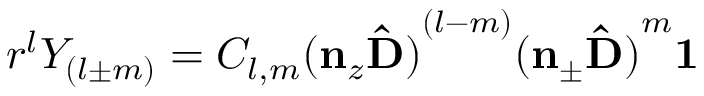
r ^ { l } Y _ { ( l \pm m ) } = C _ { l , m } ( \mathbf { n } _ { z } \mathbf { \hat { D ) } } ^ { ( l - m ) } ( \mathbf { n } _ { \pm } \mathbf { \hat { D ) } } ^ { m } \mathbf { 1 }